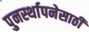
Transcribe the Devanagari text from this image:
पुनर्स्थापनेसाठी